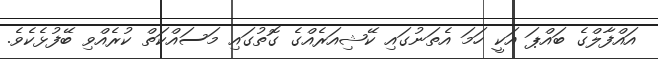
އައްފާލްގެ ބައްޕަ އަކީ ހަމަ އެތަނުގައި ކޭޝިއަރެއްގެ ގޮތުގައި މަސައްކަތް ކުރެއްވި ބޭފުޅެކެވެ.